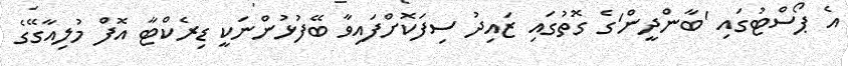
އެ ޕޯސްޓުގައި 'ބާންދީން'ގެ ގޮތުގައި ޒައިދު ސިފަކޮށްފައިވާ ބޭފުޅުންނަކީ ޑިރެކްޓާ އޮފް މުލިއާގޭގެ